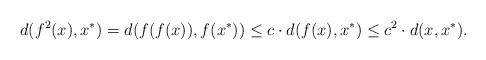
LaTeX: \begin{align*}d(f^2(x),x^*)=d(f(f(x)),f(x^*))\leq c\cdot d(f(x),x^*)\leq c^2\cdot d(x,x^*).\end{align*}